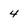
Character: 4